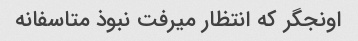
اونجگر که انتظار میرفت نبوذ متاسفانه